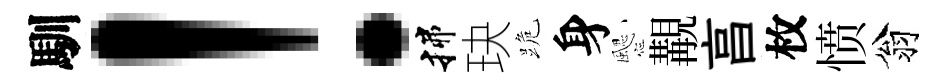
馴！揲玦跪身颸覯亯枚愤翁